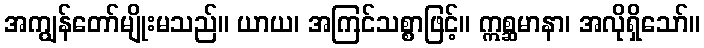
အကျွန်တော်မျိုးမသည်။ ယာယ၊ အကြင်သစ္စာဖြင့်။ ဣစ္ဆမာနာ၊ အလိုရှိသော်။